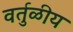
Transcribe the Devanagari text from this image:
वर्तुळीय